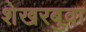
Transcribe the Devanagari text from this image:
शेखरबुवा